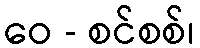
ဝေ - စင်စစ်၊